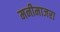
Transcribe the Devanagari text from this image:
मनीमाजरा